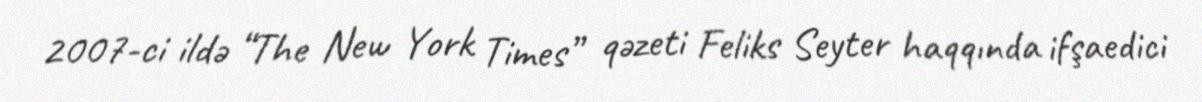
2007-ci ildə “The New York Times” qəzeti Feliks Seyter haqqında ifşaedici